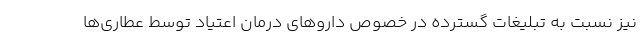
نیز نسبت به تبلیغات گسترده در خصوص داروهای درمان اعتیاد توسط عطاری‌ها